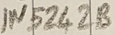
Text: IN5242B